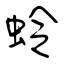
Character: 蛉